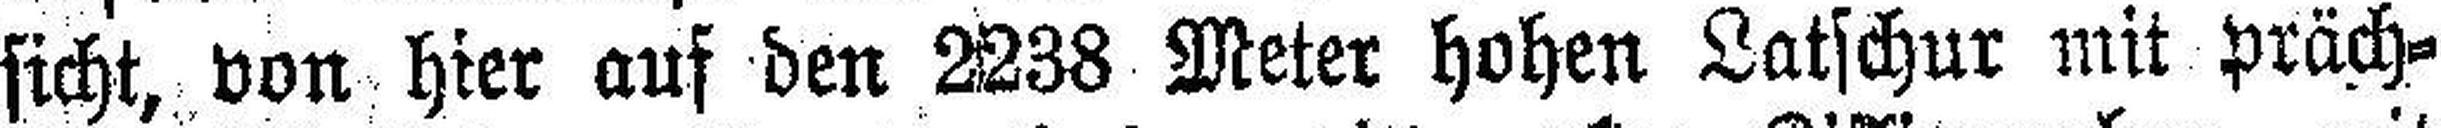
sicht, von hier auf den 2238 Meter hohen Latschur mit präch¬